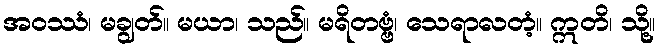
အဝဿံ၊ မချွတ်။ မယာ၊ သည်။ မရိတဗ္ဗံ၊ သေရာလတံ့။ ဣတိ၊ သို့။